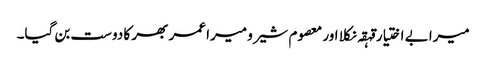
میرا بے اختیار قہقہ نکلا اور معصوم شیرو میرا عمر بھر کا دوست بن گیا۔